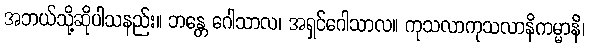
အဘယ်သို့ဆိုပါသနည်း။ ဘန္တေ ဂေါသာလ၊ အရှင်ဂေါသာလ။ ကုသလာကုသလာနိကမ္မာနိ၊